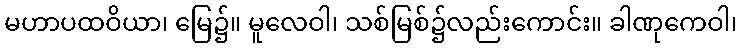
မဟာပထဝိယာ၊ မြေ၌။ မူလေဝါ၊ သစ်မြစ်၌လည်းကောင်း။ ခါဏုကေဝါ၊